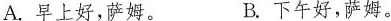
A.早上好，萨姆。 B.下午好，萨姆。